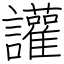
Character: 讙